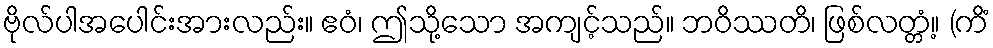
ဗိုလ်ပါအပေါင်းအားလည်း။ ဧဝံ၊ ဤသို့သော အကျင့်သည်။ ဘဝိဿတိ၊ ဖြစ်လတ္တံ့။ (ကိံ